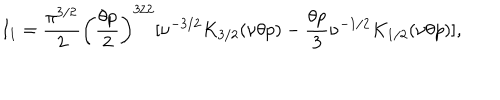
I _ { 1 } = \frac { \pi ^ { 3 / 2 } } { 2 } \biggl ( \frac { \theta p } { 2 } \biggr ) ^ { 3 / 2 } [ \nu ^ { - 3 / 2 } K _ { 3 / 2 } ( \nu \theta p ) - \frac { \theta p } { 3 } \nu ^ { - 1 / 2 } K _ { 1 / 2 } ( \nu \theta p ) ] ,